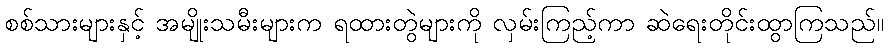
စစ်သားများနှင့် အမျိုးသမီးများက ရထားတွဲများကို လှမ်းကြည့်ကာ ဆဲရေးတိုင်းထွာကြသည်။